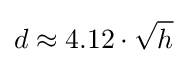
d\approx 4.12\cdot {\sqrt {h}}